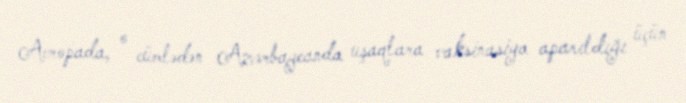
Avropada, o cümlədən Azərbaycanda uşaqlara vaksinasiya aparıldığı üçün